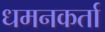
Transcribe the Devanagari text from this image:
धमनकर्ता